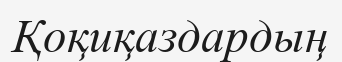
Қоқиқаздардың